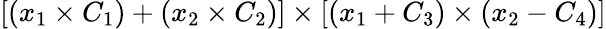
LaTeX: [(x_{1}\times C_{1})+(x_{2}\times C_{2})]\times[(x_{1}+C_{3})\times(x_{2}-C_{4})]